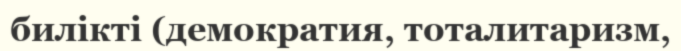
билікті (демократия, тоталитаризм,